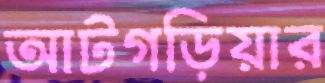
আটগড়িয়ার